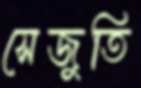
সেজুতি